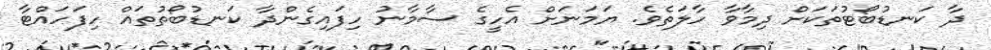
ދާ ކަނޑުބޯޓުތަކަށް ދިމާވާ ހާލަތެވެ. ޔަމަނަށް އެހީގެ ސާމާނު ހިފައިގެންދާ ކަނޑުބޯތުތައް ހިފަހައްޓާ